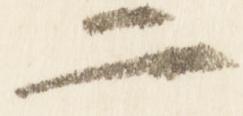
二